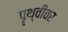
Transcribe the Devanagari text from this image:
पॄथ्वीवर